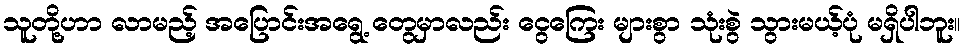
သူတို့ဟာ လာမည့် အပြောင်းအရွေ့ တွေမှာလည်း ငွေကြေး များစွာ သုံးစွဲ သွားမယ့်ပုံ မရှိပါဘူး။